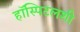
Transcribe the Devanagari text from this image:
हॉस्पिटलशी